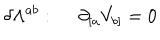
LaTeX: \delta \Lambda ^ { a b } : ~ ~ \partial _ { [ a } V _ { b ] } = 0